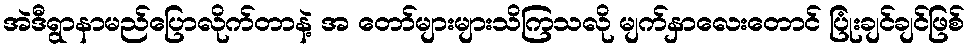
အဲဒီရွာနာမည်ပြောလိုက်တာနဲ့ အ တော်များများသိကြသလို မျက်နှာလေးတောင် ပြုံးချင်ချင်ဖြစ်